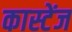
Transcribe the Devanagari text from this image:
कास्टेंज